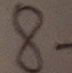
8 -